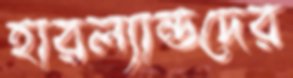
হারল্যান্ডদের